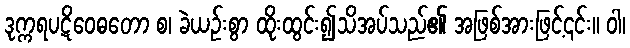
ဒုက္ကရပဋိဝေဓတော စ၊ ခဲယဉ်းစွာ ထိုးထွင်း၍သိအပ်သည်၏ အဖြစ်အားဖြင့်၎င်း။ ဝါ၊